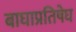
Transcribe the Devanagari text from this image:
बाघाप्रतिषेघ